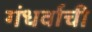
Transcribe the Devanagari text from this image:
गंधर्वाची